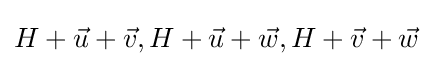
H+{\vec {u}}+{\vec {v}},H+{\vec {u}}+{\vec {w}},H+{\vec {v}}+{\vec {w}}